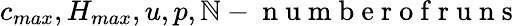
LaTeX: c_{max},H_{max},u,p,\mathbb{N}-\mathrm{{~n~u~m~b~e~r~o~f~r~u~n~s~}}